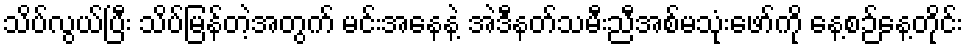
သိပ်လွယ်ပြီး သိပ်မြန်တဲ့အတွက် မင်းအနေနဲ့ အဲဒီနတ်သမီးညီအစ်မသုံးဖော်ကို နေ့စဉ်နေ့တိုင်း